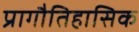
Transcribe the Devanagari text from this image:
प्रागौतिहासिक